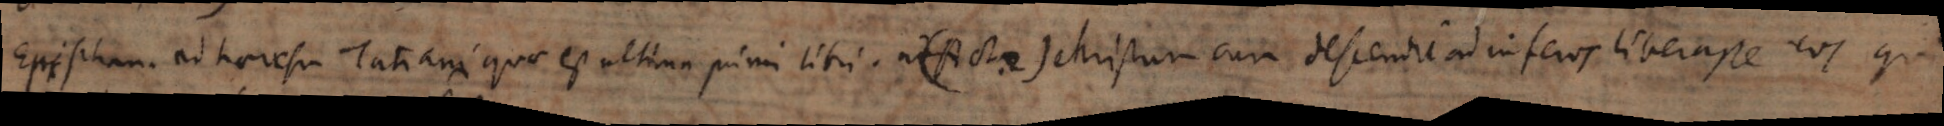
Epiphan. ad haeresin Tatiani quae est ultima primi libri. ad(Act. 2) Christum cum descendit ad inferos liberasse eos qui